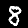
Digit: 8